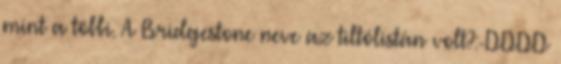
mint a többi. A Bridgestone neve az tiltólistán volt?:-DDDD